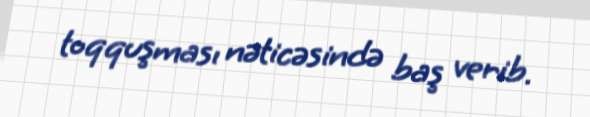
toqquşması nəticəsində baş verib.